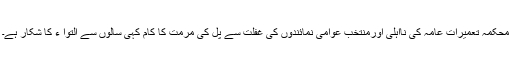
محکمہ تعمیرات عامہ کی نااہلی اورمنتخب عوامی نمائندوں کی غفلت سے پل کی مرمت کا کام کہی سالوں سے التوا ء کا شکار ہے۔